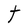
Character: t